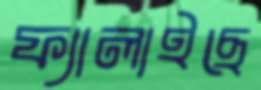
ফ্যালাইছে